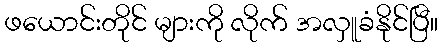
ဖယောင်းတိုင် များကို လိုက် အလှူခံနိုင်ပြီ။